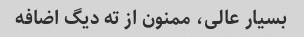
بسیار عالی، ممنون از ته دیگ اضافه